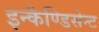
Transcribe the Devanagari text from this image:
इन्कैण्डिसेन्ट